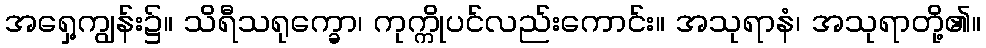
အရှေ့ကျွန်း၌။ သိရီသရုက္ခော၊ ကုက္ကိုပင်လည်းကောင်း။ အသုရာနံ၊ အသုရာတို့၏။